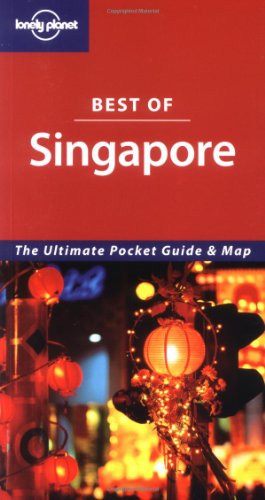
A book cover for Best of Singapore (Lonely Planet Pocket Guide Singapore); Lonely Planet Publications; Travel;